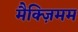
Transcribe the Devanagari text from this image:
मैक्ज़िमम